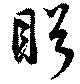
盻